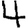
Digit: 4